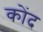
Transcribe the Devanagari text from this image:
कोंद